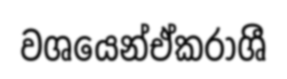
වශයෙන්ඒකරාශී